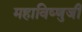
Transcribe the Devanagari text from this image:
महाविष्णुजी